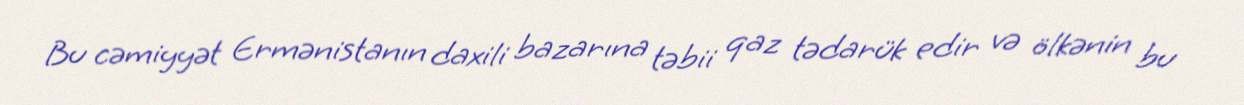
Bu cəmiyyət Ermənistanın daxili bazarına təbii qaz tədarük edir və ölkənin bu